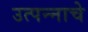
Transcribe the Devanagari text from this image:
उत्‍पन्‍नाचे